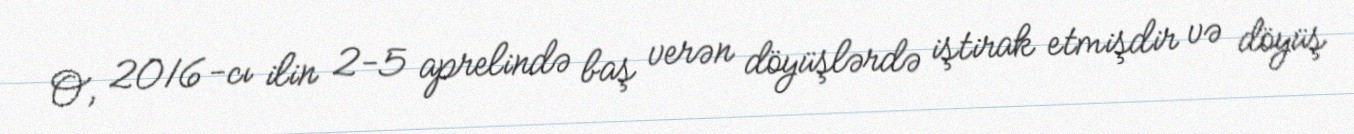
O, 2016-cı ilin 2-5 aprelində baş verən döyüşlərdə iştirak etmişdir və döyüş